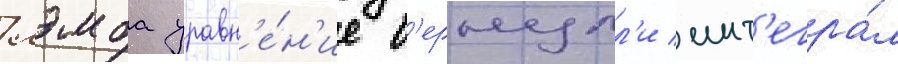
лэмба уравн'е́н'ие б'ернулл'и инт'егра́л